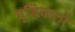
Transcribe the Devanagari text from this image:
बुद्धिवालों